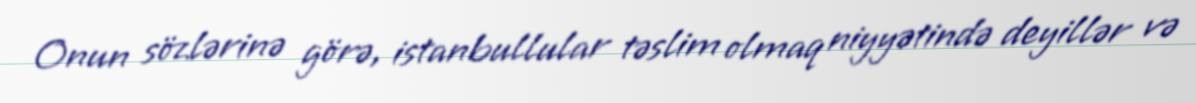
Onun sözlərinə görə, istanbullular təslim olmaq niyyətində deyillər və